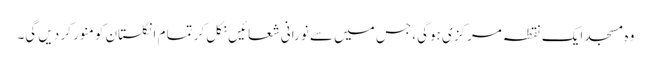
وہ مسجد ایک نقطہ مرکزی ہوگی، جس میں سے نورانی شعائیں نکل کر تما م انگلستان کو منور کر دیں گی۔